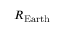
R _ { \mathrm { E a r t h } }